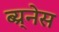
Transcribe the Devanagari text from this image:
ब्य्र्नेस